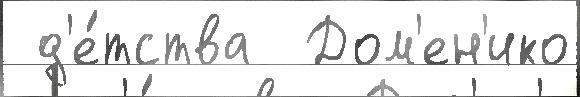
 д'е́тства  Дом'ен'ико